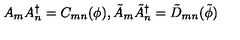
A _ { m } A _ { n } ^ { \dagger } = C _ { m n } ( \phi ) , \tilde { A } _ { m } \tilde { A } _ { n } ^ { \dagger } = \tilde { D } _ { m n } ( \tilde { \phi } )